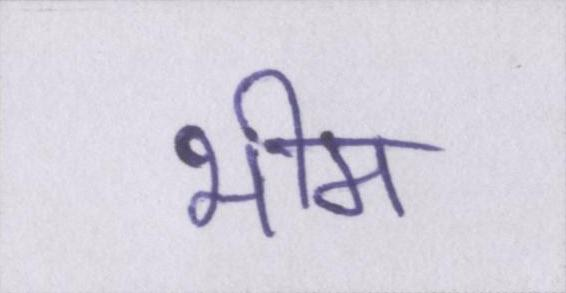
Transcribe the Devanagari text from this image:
भीम